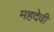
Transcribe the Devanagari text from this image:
महदेवी